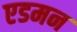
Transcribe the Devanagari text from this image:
एडमन